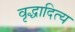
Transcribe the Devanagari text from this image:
वृद्धादित्य